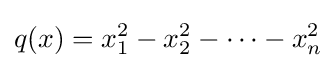
q(x)=x_{1}^{2}-x_{2}^{2}-\cdots -x_{n}^{2}